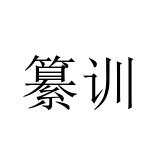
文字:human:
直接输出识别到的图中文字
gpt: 纂训